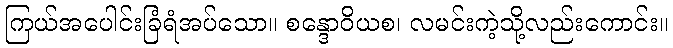
ကြယ်အပေါင်းခြံရံအပ်သော။ စန္ဒောဝိယစ၊ လမင်းကဲ့သို့လည်းကောင်း။